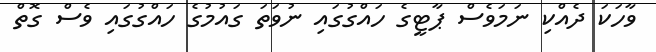
ވާހަކަ ދެއްކި ނަމަވެސް ޕާޓީގެ ހައްގުގައި ނުވަތަ ގައުމުގެ ހައްގުގައި ވެސް ގޮތް